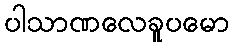
ပါသာဏလေခူပမော